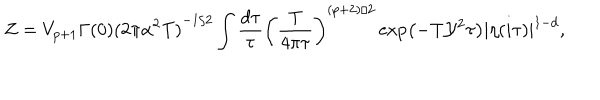
Z = { V _ { p + 1 } } \Gamma ( 0 ) { { ( 2 \pi { \alpha ^ { 2 } } \mathrm { T } ) } ^ { - 1 / 2 } } \int { \frac { d \tau } { \tau } } { { \left( { \frac { \mathrm { T } } { 4 \pi \tau } } \right) } ^ { ( p + 2 ) / 2 } } \exp \left( - \mathrm { T } { \mathcal { Y } ^ { 2 } } \tau \right) { { | \eta ( i \tau ) | } ^ { 1 - d } } ,